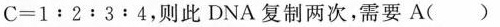
C = 1 ： 2 ： 3 ： 4$$，则此DNA复制两次，需要 A()